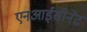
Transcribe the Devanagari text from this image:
एनआईसीनेट